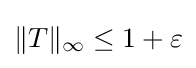
\|T\|_{\infty }\leq 1+\varepsilon